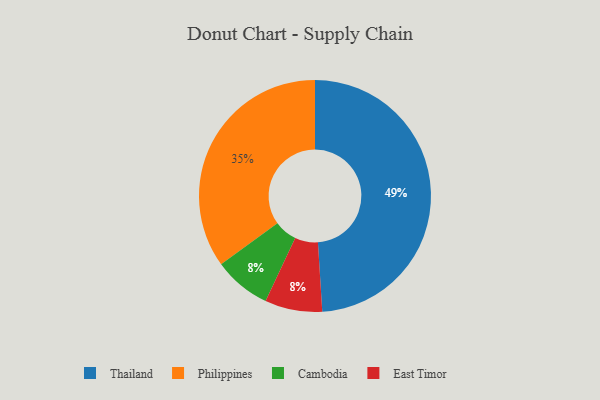
{"axis": {"x": "Category", "y": "Percentage"}, "legend": ["Cambodia", "East Timor", "Philippines", "Thailand"], "data": [{"x": "Philippines", "y": 35, "type": "Philippines"}, {"x": "Cambodia", "y": 8, "type": "Cambodia"}, {"x": "Thailand", "y": 49, "type": "Thailand"}, {"x": "East Timor", "y": 8, "type": "East Timor"}]}